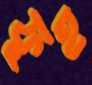
ফুহ